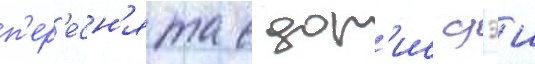
п'ер'есн'ята с дор'ис дэи